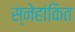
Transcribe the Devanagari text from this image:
स्नेहांकित